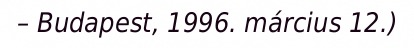
– Budapest, 1996. március 12.)